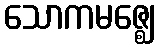
သောကမဇ္ဈေ